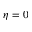
\eta = 0